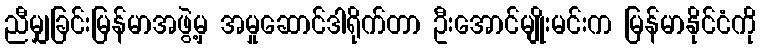
ညီမျှခြင်းမြန်မာအဖွဲ့မှ အမှုဆောင်ဒါရိုက်တာ ဦးအောင်မျိုးမင်းက မြန်မာနိုင်ငံကို